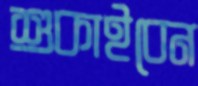
শুকাইবেন